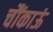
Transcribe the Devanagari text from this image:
चौंकाऊं